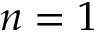
n = 1